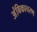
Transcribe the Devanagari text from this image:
अंबिकाचरण